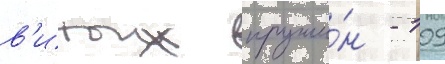
в'итых пружи́н - 109